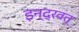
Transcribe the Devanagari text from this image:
इन्द्रवत्